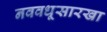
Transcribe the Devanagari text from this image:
नववधूसारखा